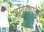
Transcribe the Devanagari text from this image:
डोंगरधारेवर